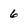
Character: 6